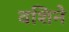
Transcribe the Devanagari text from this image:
वशिने